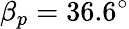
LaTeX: \beta_{p}=36.6^{\circ}